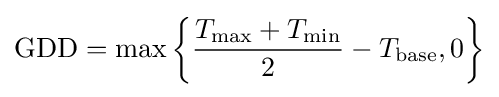
{\text{GDD}}=\max \left\{{\frac {T_{\mathrm {max} }+T_{\mathrm {min} }}{2}}-T_{\mathrm {base} },0\right\}